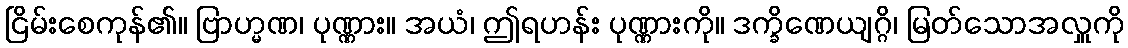
ငြိမ်းစေကုန်၏။ ဗြာဟ္မဏ၊ ပုဏ္ဏား။ အယံ၊ ဤရဟန်း ပုဏ္ဏားကို။ ဒက္ခိဏေယျဂ္ဂိ၊ မြတ်သောအလှူကို